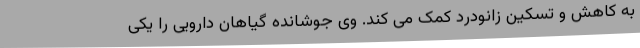
به کاهش و تسکین زانودرد کمک می کند. وی جوشانده گیاهان دارویی را یکی